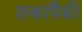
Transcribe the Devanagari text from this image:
शकांपैकी